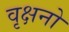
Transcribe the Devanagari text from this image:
वृक्षनो